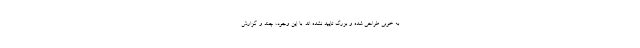
به خوبی طراحی شده و بزرگ تایید نشده اند. با این وجود، چند و گزارش